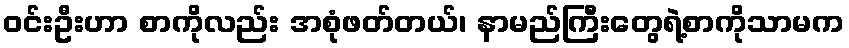
ဝင်းဦးဟာ စာကိုလည်း အစုံဖတ်တယ်၊ နာမည်ကြီးတွေရဲ့စာကိုသာမက